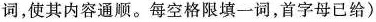
词,使其内容通顺。每空格限填一词,首字母已给)